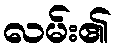
လမ်း၏